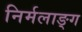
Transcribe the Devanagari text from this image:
निर्मलाङ्ग